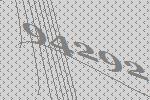
94292